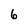
Character: 6